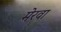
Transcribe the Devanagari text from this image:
मेरवा